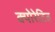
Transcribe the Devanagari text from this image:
क्योरेटिव